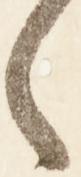
々